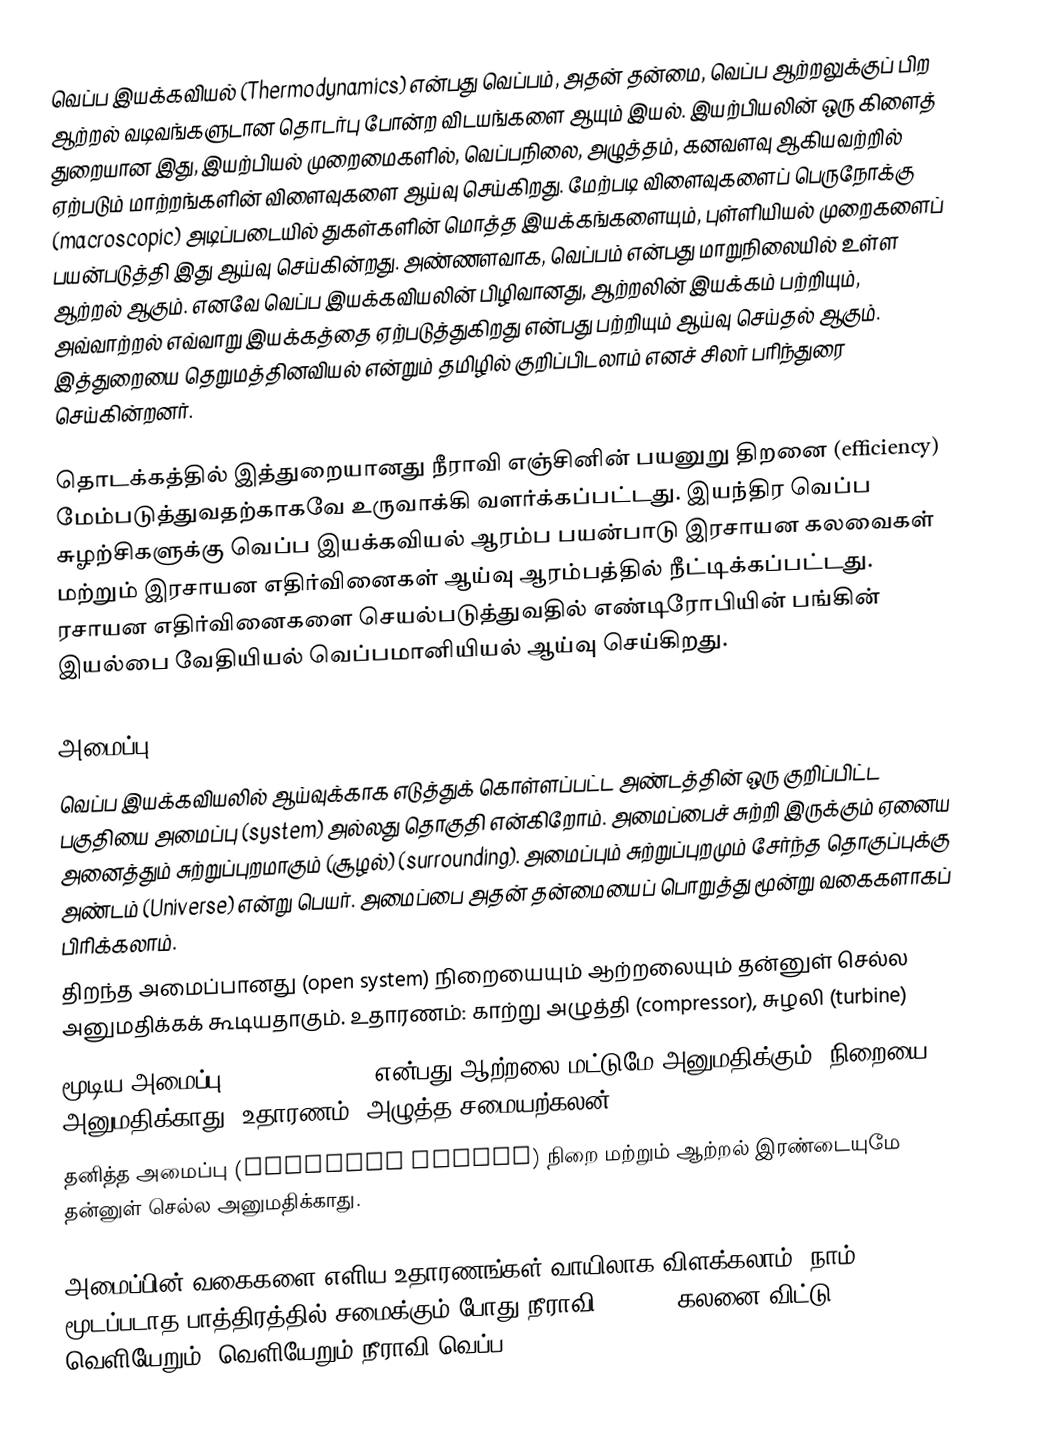
வெப்ப இயக்கவியல் (Thermodynamics) என்பது வெப்பம், அதன் தன்மை, வெப்ப ஆற்றலுக்குப் பிற ஆற்றல் வடிவங்களுடான தொடர்பு போன்ற விடயங்களை ஆயும் இயல். இயற்பியலின் ஒரு கிளைத் துறையான இது, இயற்பியல் முறைமைகளில், வெப்பநிலை, அழுத்தம், கனவளவு ஆகியவற்றில் ஏற்படும் மாற்றங்களின் விளைவுகளை ஆய்வு செய்கிறது. மேற்படி விளைவுகளைப் பெருநோக்கு (macroscopic) அடிப்படையில் துகள்களின் மொத்த இயக்கங்களையும், புள்ளியியல் முறைகளைப் பயன்படுத்தி இது ஆய்வு செய்கின்றது. அண்ணளவாக, வெப்பம் என்பது மாறுநிலையில் உள்ள ஆற்றல் ஆகும். எனவே வெப்ப இயக்கவியலின் பிழிவானது, ஆற்றலின் இயக்கம் பற்றியும், அவ்வாற்றல் எவ்வாறு இயக்கத்தை ஏற்படுத்துகிறது என்பது பற்றியும் ஆய்வு செய்தல் ஆகும். இத்துறையை தெறுமத்தினவியல் என்றும் தமிழில் குறிப்பிடலாம் எனச் சிலர் பரிந்துரை செய்கின்றனர்.

தொடக்கத்தில் இத்துறையானது நீராவி எஞ்சினின் பயனுறு திறனை (efficiency) மேம்படுத்துவதற்காகவே உருவாக்கி வளர்க்கப்பட்டது. இயந்திர வெப்ப சுழற்சிகளுக்கு வெப்ப இயக்கவியல் ஆரம்ப பயன்பாடு இரசாயன கலவைகள் மற்றும் இரசாயன எதிர்வினைகள் ஆய்வு ஆரம்பத்தில் நீட்டிக்கப்பட்டது. ரசாயன எதிர்வினைகளை செயல்படுத்துவதில் எண்டிரோபியின் பங்கின் இயல்பை வேதியியல் வெப்பமானியியல் ஆய்வு செய்கிறது.

அமைப்பு
	வெப்ப இயக்கவியலில் ஆய்வுக்காக எடுத்துக் கொள்ளப்பட்ட அண்டத்தின் ஒரு குறிப்பிட்ட பகுதியை அமைப்பு (system)  அல்லது தொகுதி என்கிறோம். அமைப்பைச் சுற்றி இருக்கும் ஏனைய அனைத்தும் சுற்றுப்புறமாகும் (சூழல்) (surrounding). அமைப்பும் சுற்றுப்புறமும் சேர்ந்த தொகுப்புக்கு அண்டம் (Universe) என்று பெயர். அமைப்பை அதன் தன்மையைப் பொறுத்து மூன்று வகைகளாகப் பிரிக்கலாம்.
 திறந்த அமைப்பானது (open system) நிறையையும் ஆற்றலையும் தன்னுள் செல்ல அனுமதிக்கக் கூடியதாகும். உதாரணம்: காற்று அழுத்தி (compressor), சுழலி (turbine)
 மூடிய அமைப்பு (closed system) என்பது ஆற்றலை மட்டுமே அனுமதிக்கும். நிறையை அனுமதிக்காது. உதாரணம்: அழுத்த சமையற்கலன் (pressure cooker)
 தனித்த அமைப்பு (isolated system) நிறை மற்றும் ஆற்றல் இரண்டையுமே தன்னுள் செல்ல அனுமதிக்காது.

அமைப்பின் வகைகளை எளிய உதாரணங்கள் வாயிலாக விளக்கலாம். நாம் மூடப்படாத பாத்திரத்தில் சமைக்கும் போது நீராவி (steam) கலனை விட்டு வெளியேறும். வெளியேறும் நீராவி வெப்ப